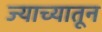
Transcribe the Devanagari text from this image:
ज्याच्यातून